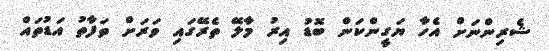
ޝެރިންނަށް އެހާ ޔަގީންކަން ބޮޑު އިރު މާލޭ ތެރޭގައި ވަރަށް ތަފާތު އަޑުތައް